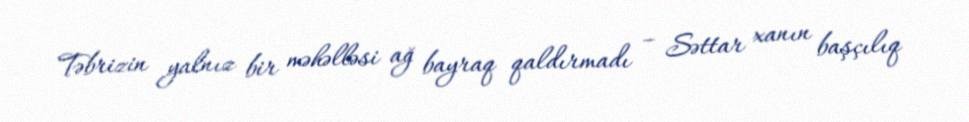
Təbrizin yalnız bir məhəlləsi ağ bayraq qaldırmadı – Səttar xanın başçılıq